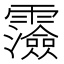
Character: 𩆯